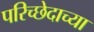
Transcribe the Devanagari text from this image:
परिच्छेदाच्या